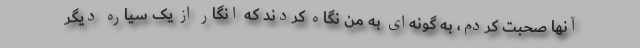
آنها صحبت کردم، به گونه‌ای به من نگاه کردند که انگار از یک سیاره دیگر